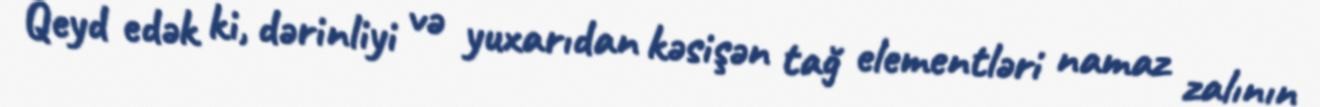
Qeyd edək ki, dərinliyi və yuxarıdan kəsişən tağ elementləri namaz zalının